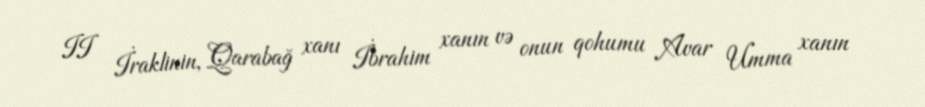
II İraklinin, Qarabağ xanı İbrahim xanın və onun qohumu Avar Umma xanın